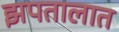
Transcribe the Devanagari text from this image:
झपतालात